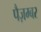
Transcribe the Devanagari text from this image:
पैज़म्बर